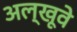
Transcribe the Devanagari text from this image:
अल्खूवे